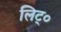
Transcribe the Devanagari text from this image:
लिट्०